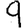
Digit: 9